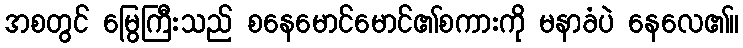
အစတွင် မြွေကြီးသည် စနေမောင်မောင်၏စကားကို မနာခံပဲ နေလေ၏။